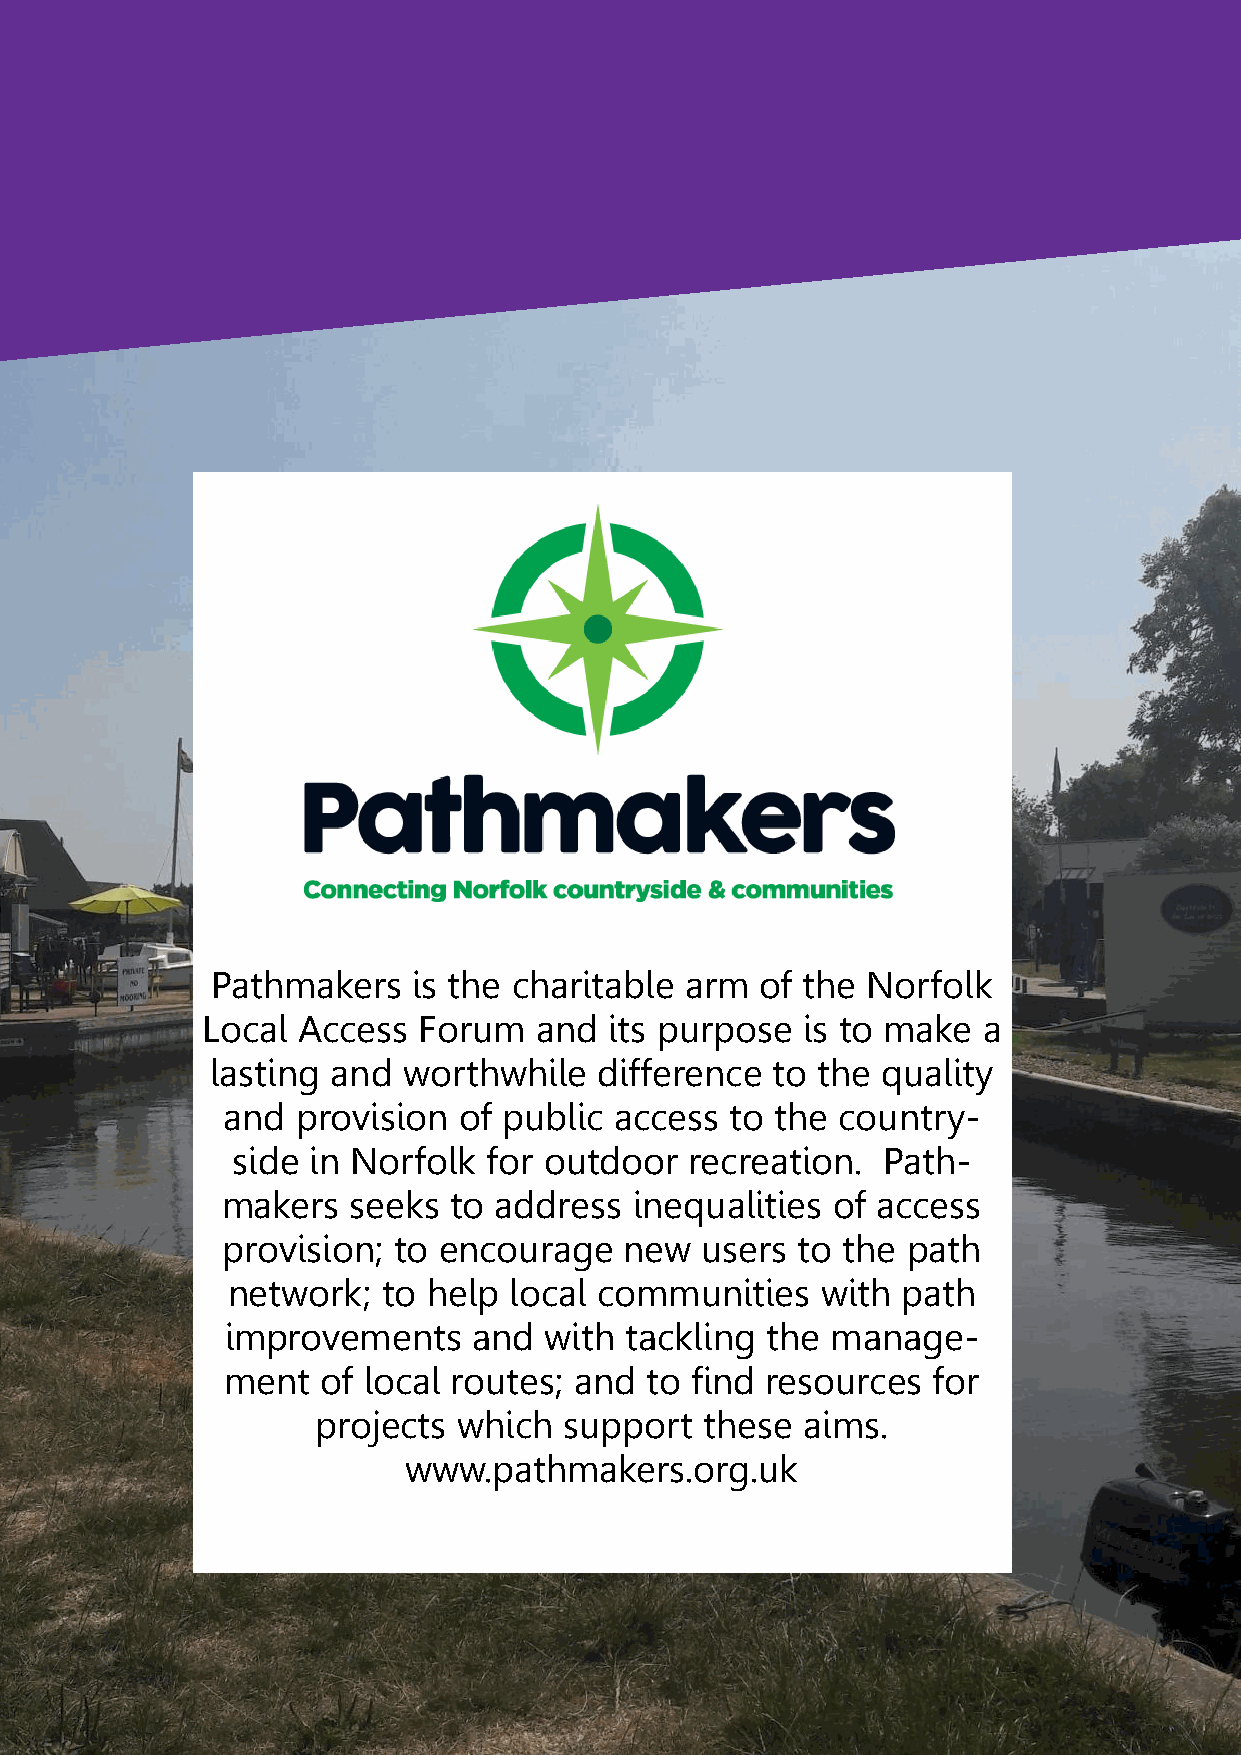
Pathmakers   is the charitable arm  of the Norfolk
 Local  Access  Forum  and  its purpose  is to make  a
 lasting and  worthwhile   difference to the quality
 and  provision of public  access to the country-
 side in Norfolk  for outdoor   recreation. Path-
 makers  seeks  to address  inequalities of access
 provision; to encourage   new  users  to the path
 network;  to help  local communities   with  path
 improvements    and  with tackling  the manage-
 ment  of local routes; and  to find resources  for
 projects which  support   these aims.
 www.pathmakers.org.uk
 14